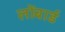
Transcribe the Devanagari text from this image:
लोंबार्ड